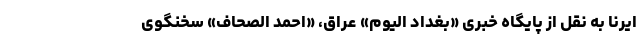
ایرنا به نقل از پایگاه خبری «بغداد الیوم» عراق، «احمد الصحاف» سخنگوی